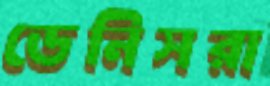
ডেনিসরা